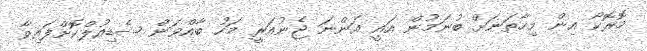
މޮރޮކޯ އިން މިހާތަނަށް ބުނަމުން އައީ އަންނަ ޖެނުއަރީ މަހު ބާއްވަން ޝެޑިއުލްކޮށްފައިވާ